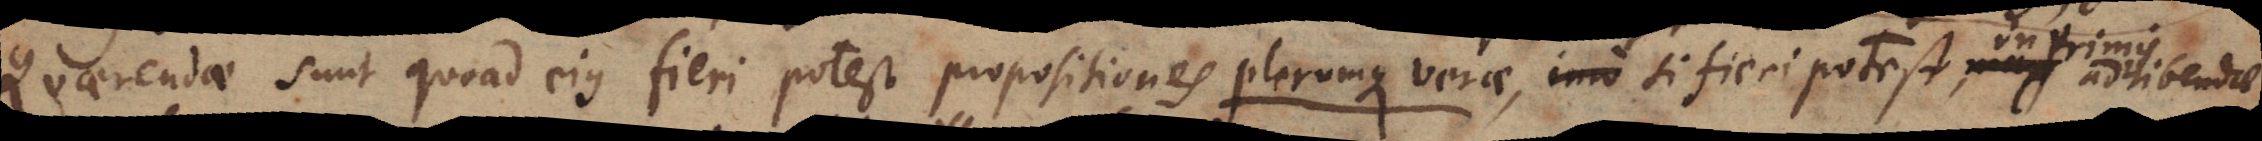
Quaerendae sunt quoad ejus fieri potest propositiones plerumque verae, quarum distinguendi gradus; sed si fieri potest, in primis adhibendae